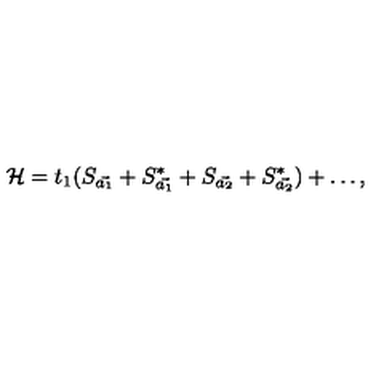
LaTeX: { \cal H } = t _ { 1 } ( S _ { \vec { a _ { 1 } } } + S _ { \vec { a _ { 1 } } } ^ { * } + S _ { \vec { a _ { 2 } } } + S _ { \vec { a _ { 2 } } } ^ { * } ) + \ldots ,